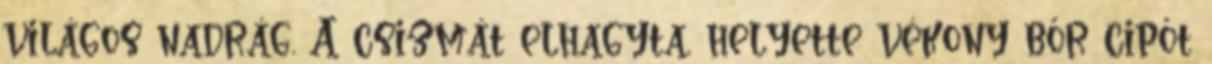
világos nadrág. A csizmát elhagyta, helyette vékony bőr cipőt